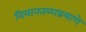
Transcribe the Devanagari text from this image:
विमानतळाप्रमाणे